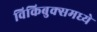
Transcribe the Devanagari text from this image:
विकिबुक्समध्ये